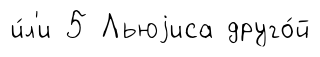
и́л'и 5 Льюjиса друго́й